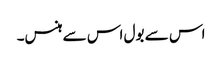
اس سے بول اس سے ہنس۔